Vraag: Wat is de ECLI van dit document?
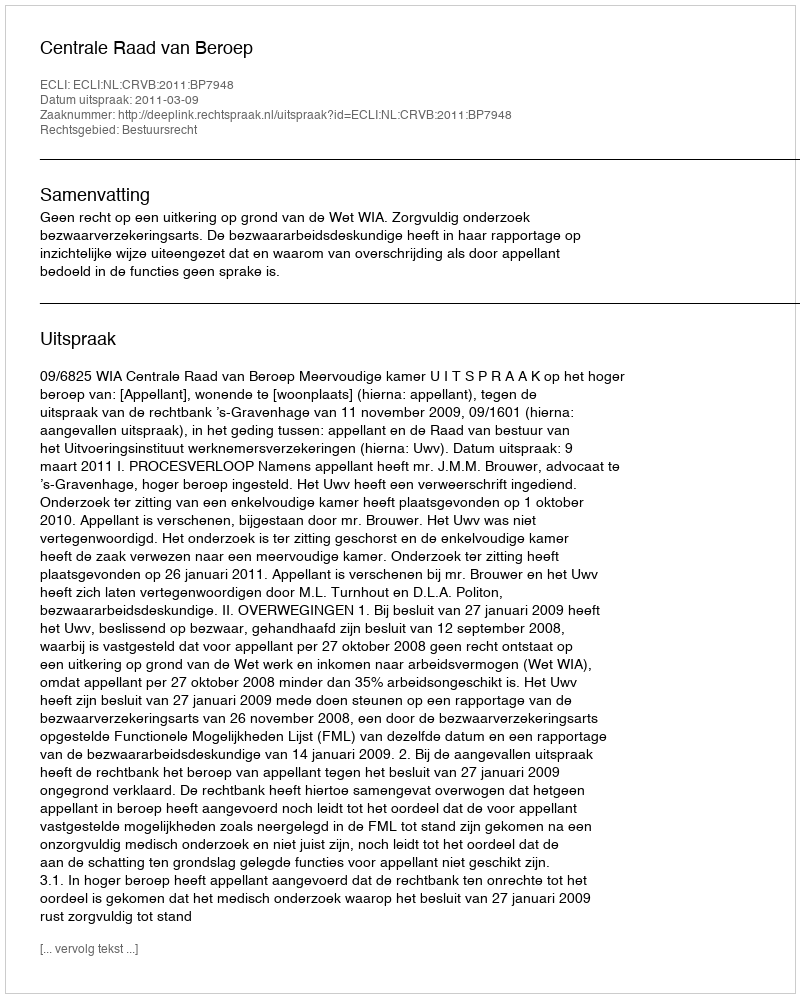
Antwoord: ECLI:NL:CRVB:2011:BP7948